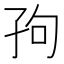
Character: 𫲢